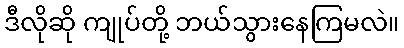
ဒီလိုဆို ကျုပ်တို့ ဘယ်သွားနေကြမလဲ။